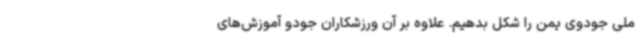
ملی جودوی یمن را شکل بدهیم. علاوه بر آن ورزشکاران جودو آموزش‌های